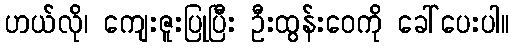
ဟယ်လို၊ ကျေးဇူးပြုပြီး ဦးထွန်းဝေကို ခေါ်ပေးပါ။